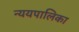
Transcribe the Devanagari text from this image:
न्ययपालिका